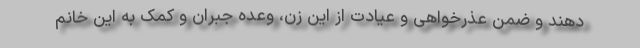
دهند و ضمن عذرخواهی و عیادت از این زن، وعده جبران و کمک به این خانم